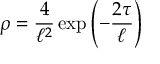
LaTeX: \rho = { \frac { 4 } { \ell ^ { 2 } } } \exp \left( - { \frac { 2 \tau } { \ell } } \right)